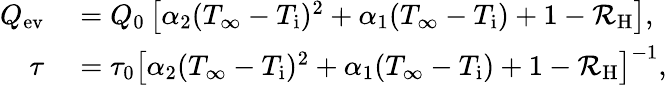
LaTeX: \begin{array}{rl}{Q_{\mathrm{ev}}}&{{}=Q_{0}\left[\alpha_{2}(T_{\infty}-T_{\mathrm{i}})^{2}+\alpha_{1}(T_{\infty}-T_{\mathrm{i}})+1-\mathcal{R}_{\mathrm{H}}\right],}\\ {\tau}&{{}=\tau_{0}\left[\alpha_{2}(T_{\infty}-T_{\mathrm{i}})^{2}+\alpha_{1}(T_{\infty}-T_{\mathrm{i}})+1-\mathcal{R}_{\mathrm{H}}\right]^{-1},}\end{array}